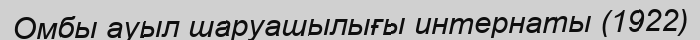
Омбы ауыл шаруашылығы интернаты (1922)